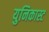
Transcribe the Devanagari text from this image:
युनिकास्ट